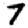
Digit: 7